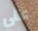
علي